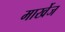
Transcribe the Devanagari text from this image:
मार्खेज